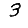
Digit: 3